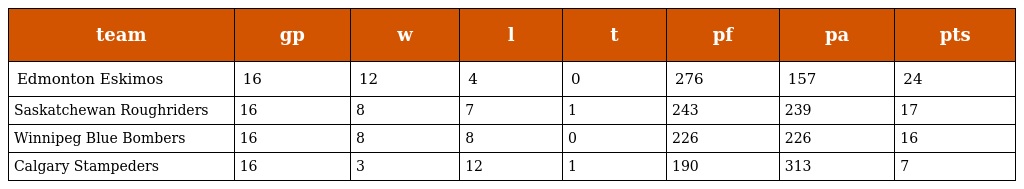
| team | gp | w | l | t | pf | pa | pts |
 | --- | --- | --- | --- | --- | --- | --- | --- |
 | Edmonton Eskimos | 16 | 12 | 4 | 0 | 276 | 157 | 24 |
 | Saskatchewan Roughriders | 16 | 8 | 7 | 1 | 243 | 239 | 17 |
 | Winnipeg Blue Bombers | 16 | 8 | 8 | 0 | 226 | 226 | 16 |
 | Calgary Stampeders | 16 | 3 | 12 | 1 | 190 | 313 | 7 |